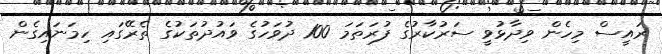
ރައީސް މިހެން ވިދާޅުވީ ސަރުކާރުގެ ފުރަތަމަ 100 ދުވަހުގެ ވައުދުތަކުގެ ތެރޭގައި ހިމަނައިގެން